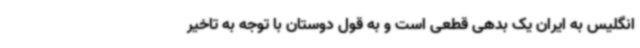
انگلیس به ایران یک بدهی قطعی است و به قول دوستان با توجه به تاخیر